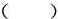
()